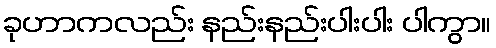
ခုဟာကလည်း နည်းနည်းပါးပါး ပါကွာ။